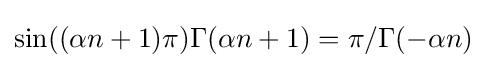
\sin((\alpha n+1)\pi )\Gamma (\alpha n+1)=\pi /\Gamma (-\alpha n)